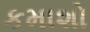
કમાશો